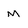
Character: m